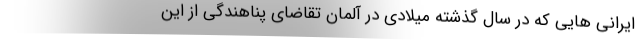
ایرانی هایی که در سال گذشته میلادی در آلمان تقاضای پناهندگی از این